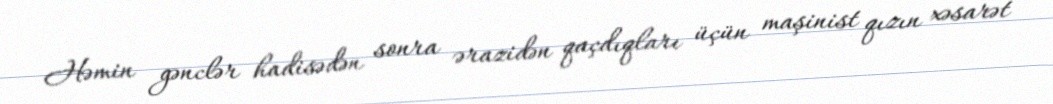
Həmin gənclər hadisədən sonra ərazidən qaçdıqları üçün maşinist qızın xəsarət